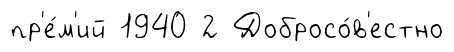
пр'е́м'ий 1940 2 Добросо́в'естно